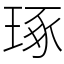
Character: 琢